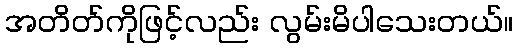
အတိတ်ကိုဖြင့်လည်း လွမ်းမိပါသေးတယ်။